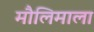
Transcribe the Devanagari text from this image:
मौलिमाला